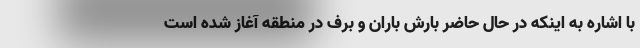
با اشاره به اینکه در حال حاضر بارش باران و برف در منطقه آغاز شده است